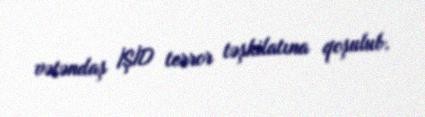
vətəndaş İŞİD terror təşkilatına qoşulub.